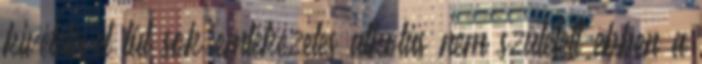
kivételével túl sok emlékezetes alkotás nem született ebben a